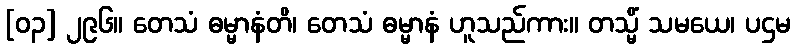
[၀၃] ၂၉၆။ တေသံ ဓမ္မာနံတိ၊ တေသံ ဓမ္မာနံ ဟူသည်ကား။ တသ္မိံ သမယေ၊ ပဌမ